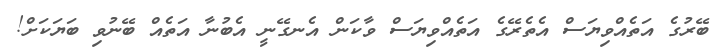
ބޭރުގެ އަތެއްވިޔަސް އެތެރޭގެ އަތެއްވިޔަސް ވާކަން އެނގޭނީ އެބުނާ އަތެއް ބޭނުވި ބަޔަކަށް!